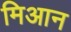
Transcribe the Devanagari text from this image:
मिआन